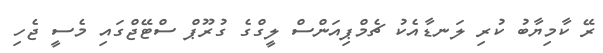
ރޭ ކާމިޔާބު ކުރި ލަނޑާއެކު ޗެމްޕިއަންސް ލީގްގެ ގުރޫޕް ސްޓޭޖްގައި މެސީ ޖެހި